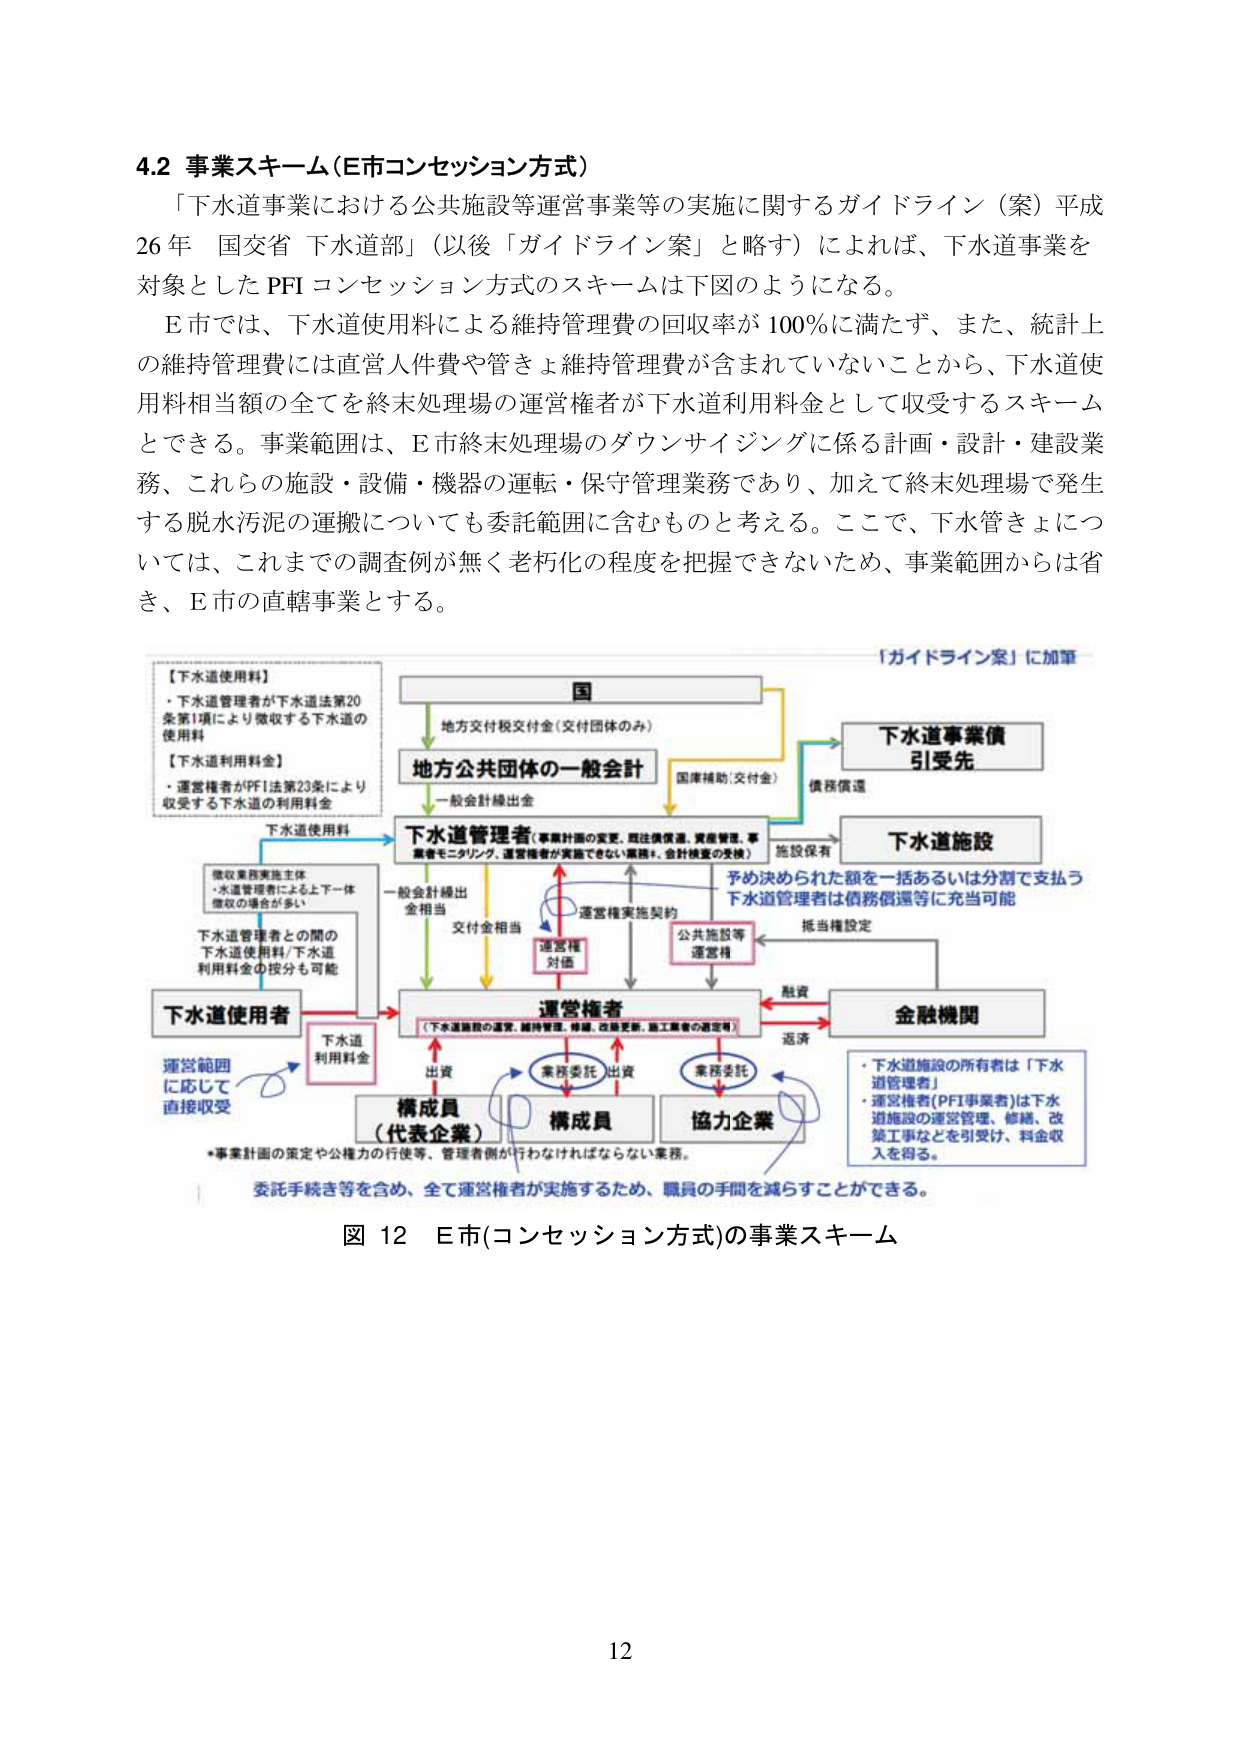
4.2 事業スキーム（E市コンセッション方式）

「下水道事業における公共施設等運営事業等の実施に関するガイドライン（案）平成26年 国交省 下水道部」（以後「ガイドライン案」と略す）によれば、下水道事業を対象としたPFIコンセッション方式のスキームは下図のようになる。

E市では、下水道使用料による維持管理費の回収率が100％に満たず、また、統計上の維持管理費には直営人件費や管きょ維持管理費が含まれていないことから、下水道使用料相当額の全てを終末処理場の運営権者が下水道利用料金として収受するスキームとできる。事業範囲は、E市終末処理場のダウンサイジングに係る計画・設計・建設業務、これらの施設・設備・機器の運転・保守管理業務であり、加えて終末処理場で発生する脱水汚泥の運搬についても委託範囲に含むものと考える。ここで、下水道管きょについては、これまでの調査例が無く老朽化の程度を把握できないため、事業範囲からは省き、E市の直轄事業とする。

【下水道使用料】
・下水道管理者が下水道法第20条第1項により徴収する下水道の使用料

【下水道利用料金】
・運営権者がPFI法第23条により収受する下水道の利用料金

下水道使用料

徴収業務実施主体
・水道管理者による上下一体徴収の場合が多い

下水道管理者との間の下水道使用料/下水道利用料金の按分も可能

下水道使用者

運営範囲に応じて直接収受

下水道利用料金

国
地方交付税交付金（交付団体のみ）

地方公共団体の一般会計
一般会計繰出金

下水道管理者（事業計画の変更、既往債償還、資産管理、事業者モニタリング、運営権者が実施できない業務※、会計検査の受検）

一般会計繰出金相当
交付金相当

運営権実施契約

運営権対価

公共施設等運営権

下水道事業債引受先
債務償還

下水道施設
施設保有

予め決められた額を一括あるいは分割で支払う
下水道管理者は債務償還等に充当可能

担当権設定

運営権者
（下水道施設の運営、維持管理、修繕、改築更新、施工業者の選定等）

出資
業務委託
出資
業務委託

構成員（代表企業）
構成員
協力企業

金融機関
融資
返済

・下水道施設の所有者は「下水道管理者」
・運営権者（PFI事業者）は下水道施設の運営管理、修繕、改築工事などを引受け、料金収入を得る。

*事業計画の策定や公権力の行使等、管理者側が行わなければならない業務。

委託手続き等を含め、全て運営権者が実施するため、職員の手間を減らすことができる。

図 12 E市（コンセッション方式）の事業スキーム

「ガイドライン案」に加筆

12